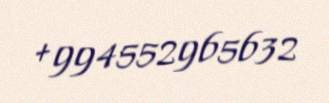
+994552965632